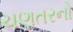
ચણતરનો